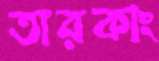
তারকাং